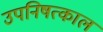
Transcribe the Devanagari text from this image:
उपनिषत्काल